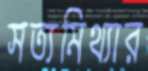
সত্যমিথ্যার